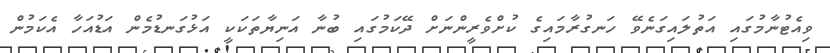
ވިއެޓުނާމުގައި އަތުލައިގަނެވޭ ހަނގުރާމައިގެ ކުށްވެރީންނަށް ދޭކަމުގައި ބުނާ އަނިޔާތަކަކީ އަޅުގަނޑުމެން އަޑުއަހާ އެކަމުން